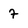
Character: 7